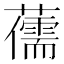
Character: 𮒯